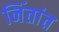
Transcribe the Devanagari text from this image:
निंतांत